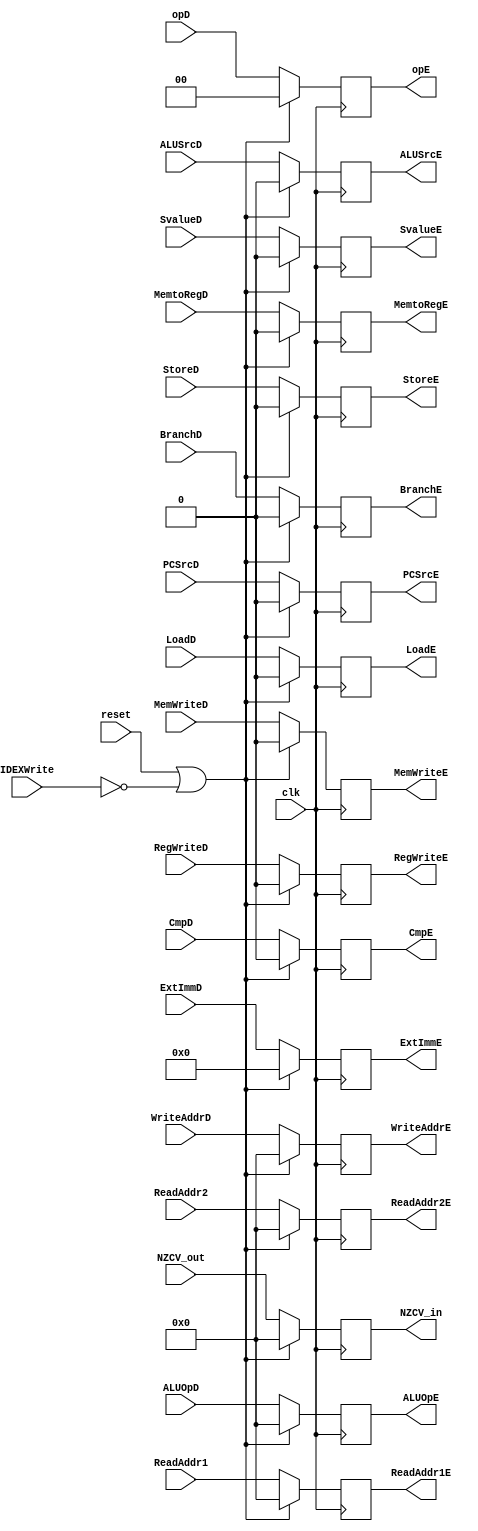
module IDEX_Register(
	input clk,
	input reset,
	input IDEXWrite,
	input PCSrcD,
	input RegWriteD,
	input MemWriteD,
	input MemtoRegD,
	input ALUSrcD,
	input SvalueD,
	input BranchD,
	input[3:0] ALUOpD,
	input[31:0] ExtImmD,
	input[3:0] WriteAddrD,
	input[3:0] NZCV_out,
	input StoreD,
	input[3:0] ReadAddr1,
	input[3:0] ReadAddr2,
	input LoadD,
	input[1:0] opD,
	input CmpD,
	output reg CmpE,
	output reg[1:0] opE,
	output reg LoadE,
	output reg[3:0] ReadAddr1E,
	output reg[3:0] ReadAddr2E,
	output reg StoreE,
	output reg[3:0] NZCV_in,
	output reg[3:0] WriteAddrE,
	output reg[31:0] ExtImmE,
	output reg[3:0] ALUOpE,
	output reg PCSrcE,
	output reg RegWriteE,
	output reg MemWriteE,
	output reg MemtoRegE,
	output reg ALUSrcE,
	output reg SvalueE,
	output reg BranchE);
	
	
	always @ (negedge clk)
	begin
	if (reset == 1'b1 || IDEXWrite == 1'b0)
	begin
		ALUOpE <= 1'b0;
		PCSrcE <= 1'b0;
		RegWriteE <= 1'b0;
		MemWriteE <= 1'b0;
		MemtoRegE <= 1'b0;
		ALUSrcE <= 1'b0;
		SvalueE <= 1'b0;
		BranchE <= 1'b0;
		WriteAddrE <= 4'b0000;
		ExtImmE <= 'h000000000;
		NZCV_in <= 4'b0000;
		StoreE <= 1'b0;
		ReadAddr1E <= 4'b0000;
		ReadAddr2E <= 4'b0000;
		LoadE <= 1'b0;
		opE <= 2'b00;
		CmpE <= 1'b0;
	end
	else
	begin
		ALUOpE <= ALUOpD;
		PCSrcE <= PCSrcD;
		RegWriteE <= RegWriteD;
		MemWriteE <= MemWriteD;
		MemtoRegE <= MemtoRegD;
		ALUSrcE <= ALUSrcD;
		SvalueE <= SvalueD;
		BranchE <= BranchD;
		WriteAddrE <= WriteAddrD;
		ExtImmE <= ExtImmD;
		NZCV_in <= NZCV_out;
		StoreE <= StoreD;
		ReadAddr1E <= ReadAddr1;
		ReadAddr2E <= ReadAddr2;
		LoadE <= LoadD;
		opE <= opD;
		CmpE <= CmpD;
	end
	end
	

endmodule